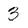
Character: 3